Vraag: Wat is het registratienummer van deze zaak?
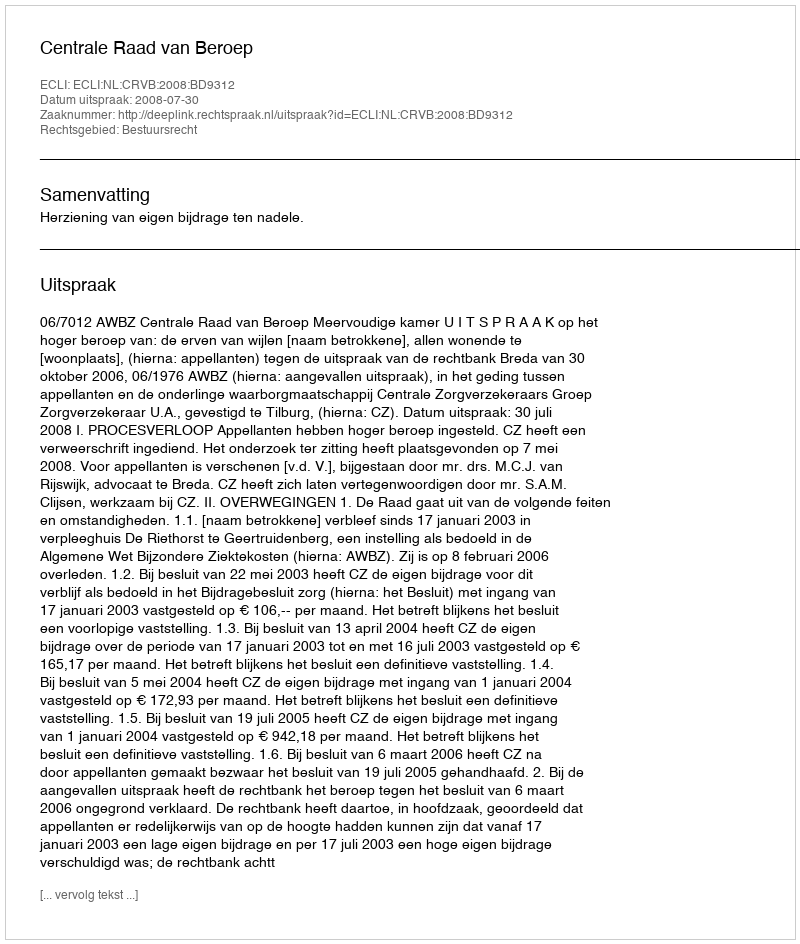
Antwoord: http://deeplink.rechtspraak.nl/uitspraak?id=ECLI:NL:CRVB:2008:BD9312